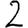
Digit: 2